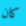
كان